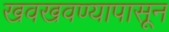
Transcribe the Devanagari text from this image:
खवखवण्यापासून